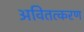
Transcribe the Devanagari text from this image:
अवितत्करण